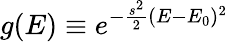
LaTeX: g(E)\equiv e^{-\frac{s^{2}}{2}(E-E_{0})^{2}}